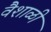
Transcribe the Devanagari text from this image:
वैशाळी